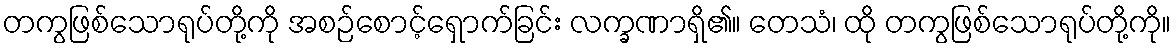
တကွဖြစ်သောရုပ်တို့ကို အစဉ်စောင့်ရှောက်ခြင်း လက္ခဏာရှိ၏။ တေသံ၊ ထို တကွဖြစ်သောရုပ်တို့ကို။